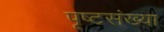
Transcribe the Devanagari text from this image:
पृष्टसंख्या